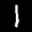
Label: 1